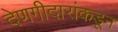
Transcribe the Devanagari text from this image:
देणगीदारांकडून